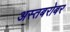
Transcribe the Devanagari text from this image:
अस्तबरोबर